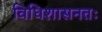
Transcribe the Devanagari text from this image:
विधिशासनतः